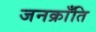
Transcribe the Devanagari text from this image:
जनक्राँति